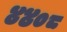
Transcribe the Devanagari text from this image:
४४०८